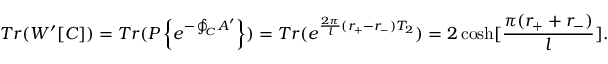
T r ( W ^ { \prime } [ { \cal C } ] ) = T r ( P \left\{ e ^ { - \oint _ { \cal C } A ^ { \prime } } \right\} ) = T r ( e ^ { { { \frac { 2 \pi } { l } } ( r _ { + } - r _ { - } ) } T _ { 2 } } ) = 2 \cosh [ { \frac { \pi ( r _ { + } + r _ { - } ) } { l } } ] .